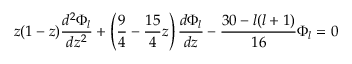
z ( 1 - z ) \frac { d ^ { 2 } \Phi _ { { l } } } { d z ^ { 2 } } + \left( \frac 9 4 - \frac { 1 5 } { 4 } z \right) \frac { d \Phi _ { { l } } } { d z } - \frac { 3 0 - l ( l + 1 ) } { 1 6 } \Phi _ { { l } } = 0